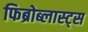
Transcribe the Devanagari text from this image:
फिब्रोब्लास्ट्स